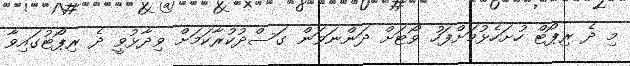
މި ދެ ރިޕޯޓް ހުށަހެޅުމަށްފަހު ވޯޓަށް ދަންނަވަން ގަސްދުކުރާކަމަށް ވިދާޅުވީ ދެ ރިޕޯޓުގައިވާ